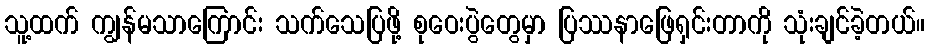
သူ့ထက် ကျွန်မသာကြောင်း သက်သေပြဖို့ စုဝေးပွဲတွေမှာ ပြဿနာဖြေရှင်းတာကို သုံးချင်ခဲ့တယ်။